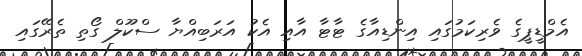
އެމްޑީޕީގެ ވެރިކަމުގައި އިންޑިއާގެ ޓާޓާ އާއި އެކު އަރަބިއްޔާ ސްކޫލް ގޯތި ތެރޭގައި